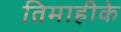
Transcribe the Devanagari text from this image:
तिमाहीके